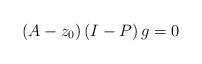
LaTeX: \begin{align*}\left( A-z_{0}\right)\left( I-P \right)g=0\end{align*}